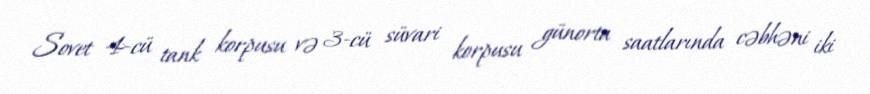
Sovet 4-cü tank korpusu və 3-cü süvari korpusu günorta saatlarında cəbhəni iki